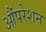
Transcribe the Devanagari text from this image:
औंपरेशन